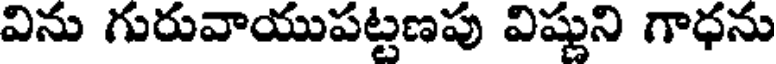
విను గురువాయుపట్టణపు విష్ణుని గాధను